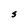
Character: S